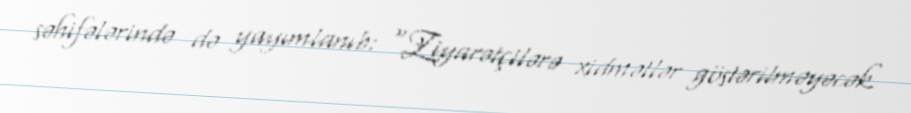
səhifələrində də yayımlanıb: “Ziyarətçilərə xidmətlər göstərilməyəcək.